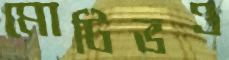
মোটিভও